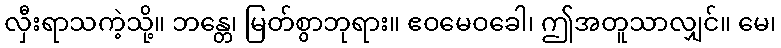
လှီးရာသကဲ့သို့။ ဘန္တေ၊ မြတ်စွာဘုရား။ ဧဝမေဝခေါ၊ ဤအတူသာလျှင်။ မေ၊